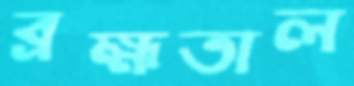
ব্রহ্মতাল